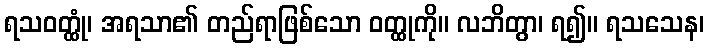
ရသဝတ္ထုံ၊ အရသာ၏ တည်ရာဖြစ်သော ဝတ္ထုကို။ လဘိတွာ၊ ရ၍။ ရသသေန၊